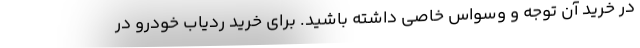
در خرید آن توجه و وسواس خاصی داشته باشید. برای خرید ردیاب خودرو در